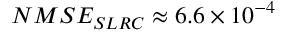
N M S E _ { S L R C } \approx 6 . 6 \times 1 0 ^ { - 4 }